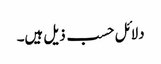
دلائل حسب ذیل ہیں۔